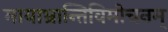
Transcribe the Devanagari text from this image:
मायाभ्रान्तिविमोचनम्